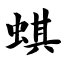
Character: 蜞